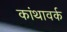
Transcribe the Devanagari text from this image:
कांथावर्क